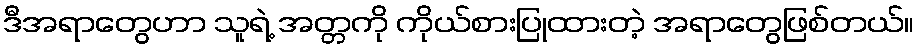
ဒီအရာတွေဟာ သူရဲ့ အတ္တကို ကိုယ်စားပြုထားတဲ့ အရာတွေဖြစ်တယ်။